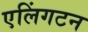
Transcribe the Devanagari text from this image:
एलिंगटन